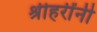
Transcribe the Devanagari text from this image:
श्रीहरींनी